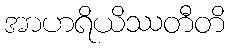
အာဟရိယိဿတီတိ